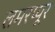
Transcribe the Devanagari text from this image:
लमरप्यूर